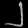
Digit: ၂